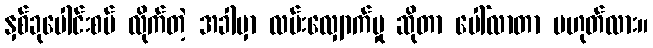
နှစ်ခုပေါင်းစပ် လိုက်တဲ့ အခါမှာ လမ်းလျှောက်မှု ဆိုတာ ပေါ်လာတာ မဟုတ်လား။